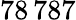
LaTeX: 78\, 787